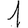
Digit: 1